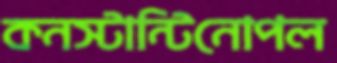
কনস্টান্টিনোপল